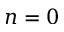
n = 0